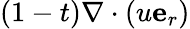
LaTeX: (1-t)\nabla\cdot(u\mathbf{e}_{r})